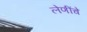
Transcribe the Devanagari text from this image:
लेणींचे